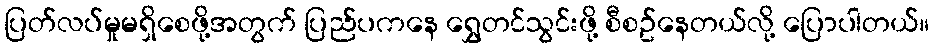
ပြတ်လပ်မှုမရှိစေဖို့အတွက် ပြည်ပကနေ ရွှေတင်သွင်းဖို့ စီစဥ်နေတယ်လို့ ပြောပါတယ်။